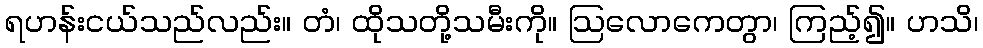
ရဟန်းငယ်သည်လည်း။ တံ၊ ထိုသတို့သမီးကို။ ဩလောကေတွာ၊ ကြည့်၍။ ဟသိ၊